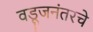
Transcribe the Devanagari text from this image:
वडूजनंतरचे